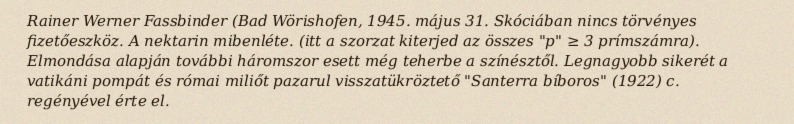
Rainer Werner Fassbinder (Bad Wörishofen, 1945. május 31. Skóciában nincs törvényes fizetőeszköz. A nektarin mibenléte. (itt a szorzat kiterjed az összes "p" ≥ 3 prímszámra). Elmondása alapján további háromszor esett még teherbe a színésztől. Legnagyobb sikerét a vatikáni pompát és római miliőt pazarul visszatükröztető "Santerra bíboros" (1922) c. regényével érte el.